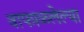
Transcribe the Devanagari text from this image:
वाफाळलेल्या